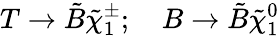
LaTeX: T\rightarrow\tilde{B}{\tilde{\chi}}_{1}^{\pm};\quad B\rightarrow\tilde{B}{\tilde{\chi}}_{1}^{0}